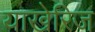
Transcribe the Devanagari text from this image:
याखेरिज